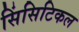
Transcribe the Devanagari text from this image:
सिंसिटिकल